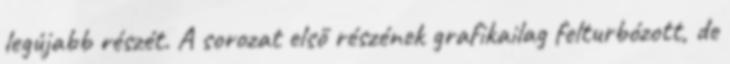
legújabb részét. A sorozat első részének grafikailag felturbózott, de